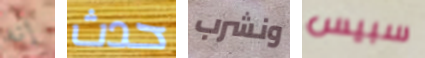
إنه حدث ونشرب سبيس